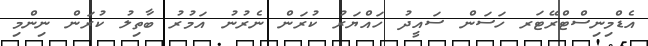
އެޑްމިނިސްޓްރޭޓަރ ހަސަން ސައީދު ހައްޔަރު ކުރަން ނެރުނު އަމުރު ބާތިލު ކުރަން ނިންމި